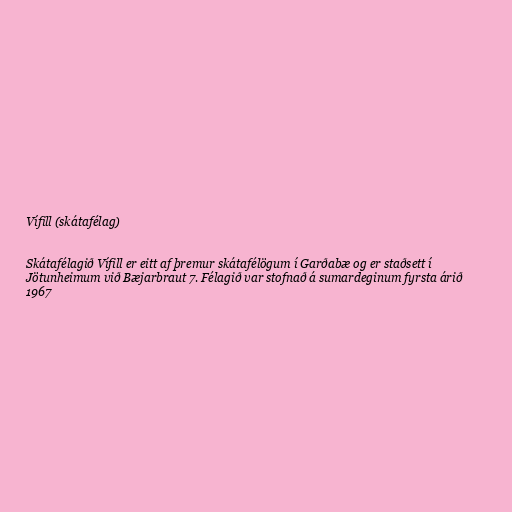
Vífill (skátafélag)

Skátafélagið Vífill er eitt af þremur skátafélögum í Garðabæ og er staðsett í
Jötunheimum við Bæjarbraut 7. Félagið var stofnað á sumardeginum fyrsta árið
1967